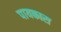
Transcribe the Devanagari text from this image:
पायकारा